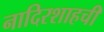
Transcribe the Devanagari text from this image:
नादिरशाहची